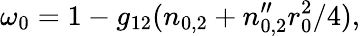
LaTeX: \omega_{0}=1-g_{12}(n_{0,2}+n_{0,2}^{\prime\prime}r_{0}^{2}/4),